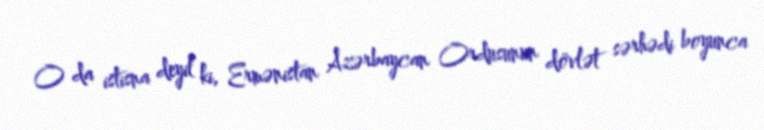
O da istisna deyil ki, Ermənistan Azərbaycan Ordusunun dövlət sərhədi boyunca